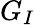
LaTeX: G_{I}